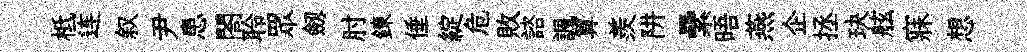
柢连叙尹患閤聆眾劔肘鍊倕綻危敗諮諷算羨阱纍晤燕企拯玦舷寐想